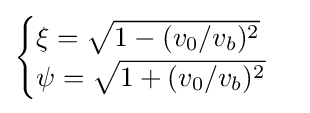
{\begin{cases}\xi ={\sqrt {1-(v_{0}/v_{b})^{2}}}\\\psi ={\sqrt {1+(v_{0}/v_{b})^{2}}}\end{cases}}